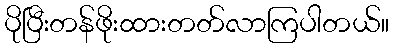
ပိုပြီးတန်ဖိုးထားတတ်လာကြပါတယ်။